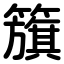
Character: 籏